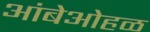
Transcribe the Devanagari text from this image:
आंबेओहळ